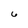
Character: 6